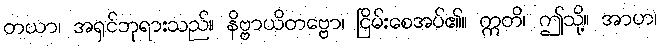
တယာ၊ အရှင်ဘုရားသည်။ နိဗ္ဗာယိတဗ္ဗော၊ ငြိမ်းစေအပ်၏။ ဣတိ၊ ဤသို့။ အာဟ၊